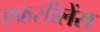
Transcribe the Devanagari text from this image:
एकसीलेंस